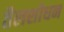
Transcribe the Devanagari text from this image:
तैलशोधन